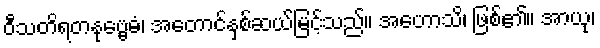
ဝီသတိရတနုဗ္ဗေဓံ၊ အတောင်နှစ်ဆယ်မြင့်သည်။ အဟောသိ၊ ဖြစ်၏။ အာယု၊